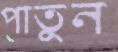
পাতুন